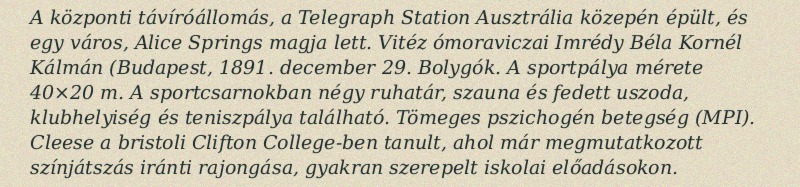
A központi távíróállomás, a Telegraph Station Ausztrália közepén épült, és egy város, Alice Springs magja lett. Vitéz ómoraviczai Imrédy Béla Kornél Kálmán (Budapest, 1891. december 29. Bolygók. A sportpálya mérete 40×20 m. A sportcsarnokban négy ruhatár, szauna és fedett uszoda, klubhelyiség és teniszpálya található. Tömeges pszichogén betegség (MPI). Cleese a bristoli Clifton College-ben tanult, ahol már megmutatkozott színjátszás iránti rajongása, gyakran szerepelt iskolai előadásokon.